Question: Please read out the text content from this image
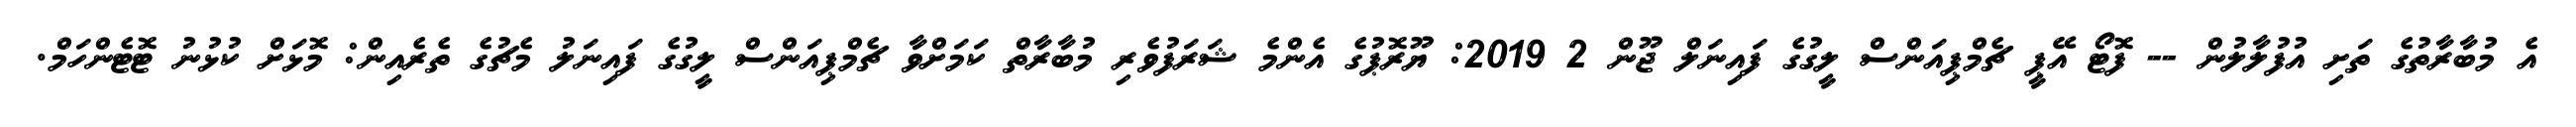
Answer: އެ މުބާރާތުގެ ތަށި އުފުލާލުން -- ފޮޓޯ އޭޕީ ޗެމްޕިއަންސް ލީގުގެ ފައިނަލް ޖޫން 2 2019: ޔޫރޮޕުގެ އެންމެ ޝަރަފުވެރި މުބާރާތް ކަމަށްވާ ޗެމްޕިއަންސް ލީގުގެ ފައިނަލު މެޗުގެ ތެރެއިން: މޮޅަށް ކުޅުނު ޓޮޓެންހަމް.